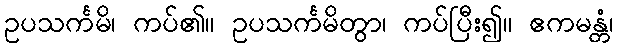
ဥပသင်္ကမိ၊ ကပ်၏။ ဥပသင်္ကမိတွာ၊ ကပ်ပြီး၍။ ဧကမန္တံ၊